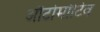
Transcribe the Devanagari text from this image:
औटोमोटिव